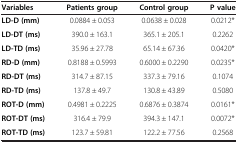
<table><thead><tr><td><b>Variables</b></td><td><b>Patients group</b></td><td><b>Control group</b></td><td><b>P value</b></td></tr></thead><tbody><tr><td><b>LD-D (mm)</b></td><td>0.0884 ± 0.053</td><td>0.0638 ± 0.028</td><td>0.0212*</td></tr><tr><td><b>LD-DT (ms)</b></td><td>390.0 ± 163.1</td><td>365.1 ± 205.1</td><td>0.2262</td></tr><tr><td><b>LD-TD (ms)</b></td><td>35.96 ± 27.78</td><td>65.14 ± 67.36</td><td>0.0420*</td></tr><tr><td><b>RD-D (mm)</b></td><td>0.8188 ± 0.5993</td><td>0.6000 ± 0.2290</td><td>0.0235*</td></tr><tr><td><b>RD-DT (ms)</b></td><td>314.7 ± 87.15</td><td>337.3 ± 79.16</td><td>0.1074</td></tr><tr><td><b>RD-TD (ms)</b></td><td>137.8 ± 49.7</td><td>130.8 ± 43.89</td><td>0.5080</td></tr><tr><td><b>ROT-D (mm)</b></td><td>0.4981 ± 0.2225</td><td>0.6876 ± 0.3874</td><td>0.0161*</td></tr><tr><td><b>ROT-DT (ms)</b></td><td>316.4 ± 79.9</td><td>394.3 ± 147.1</td><td>0.0072*</td></tr><tr><td><b>ROT-TD (ms)</b></td><td>123.7 ± 59.81</td><td>122.2 ± 77.56</td><td>0.2568</td></tr></tbody></table>